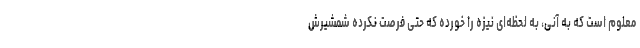
معلوم است که به آنی، به لحظه‌ای نیزه را خورده که حتی فرصت نکرده شمشیرش